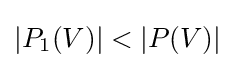
|P_{1}(V)|<|P(V)|